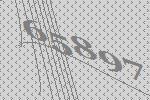
65897